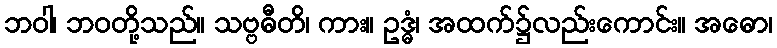
ဘဝါ၊ ဘဝတို့သည်။ သဗ္ဗဓီတိ၊ ကား။ ဥဒ္ဓံ၊ အထက်၌လည်းကောင်း။ အဓော၊